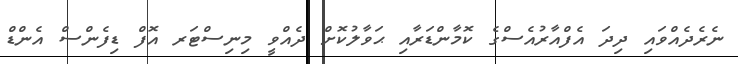
ނެރެދެއްވައި ދިދަ އެފްއާރުއެސްގެ ކޮމާންޑަރާއި ޙަވާލުކޮށް ދެއްވީ މިނިސްޓަރ އޮފް ޑިފެންސް އެންޑް